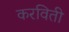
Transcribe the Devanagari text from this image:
करविती